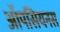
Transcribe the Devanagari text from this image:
ऑपसियनस